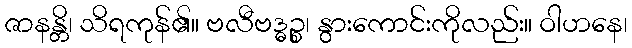
ဇာနန္တိ၊ သိရကုန်၏။ ဗလီဗဒ္ဓဉ္စ၊ နွားကောင်းကိုလည်း။ ဝါဟနေ၊